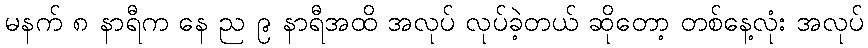
မနက် ၈ နာရီက နေ ည ၉ နာရီအထိ အလုပ် လုပ်ခဲ့တယ် ဆိုတော့ တစ်နေ့လုံး အလုပ်